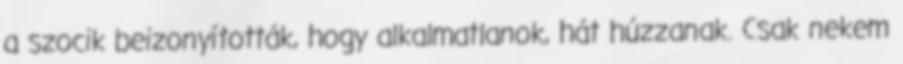
a szocik beizonyították, hogy alkalmatlanok, hát húzzanak. Csak nekem